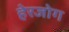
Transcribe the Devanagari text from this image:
हेरजोग